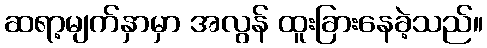
ဆရာ့မျက်နှာမှာ အလွန် ထူးခြားနေခဲ့သည်။